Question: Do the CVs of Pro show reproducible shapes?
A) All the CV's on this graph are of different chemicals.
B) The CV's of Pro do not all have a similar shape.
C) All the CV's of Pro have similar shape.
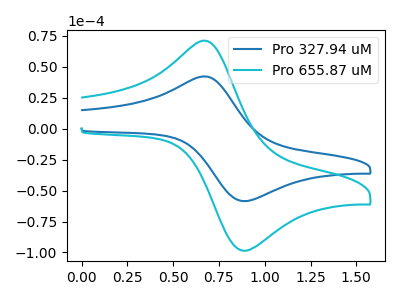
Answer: <think>The blue curve "Pro 327.94 uM" has an anodic peak at (0.70V, 41.75uA) and a cathodic peak at (0.90V, -58.45uA). The cyan curve "Pro 655.87 uM" has an anodic peak at (0.70V, 70.30uA) and a cathodic peak at (0.90V, -98.45uA).
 All the peaks in "Pro 327.94 uM" have a peak in "Pro 655.87 uM" at the same potential. Every peak in "Pro 327.94 uM" is lower than every peak in "Pro 655.87 uM".</think>
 <answer>C) All the CV's of "Pro" have similar shape.</answer>
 <eval>C</eval>